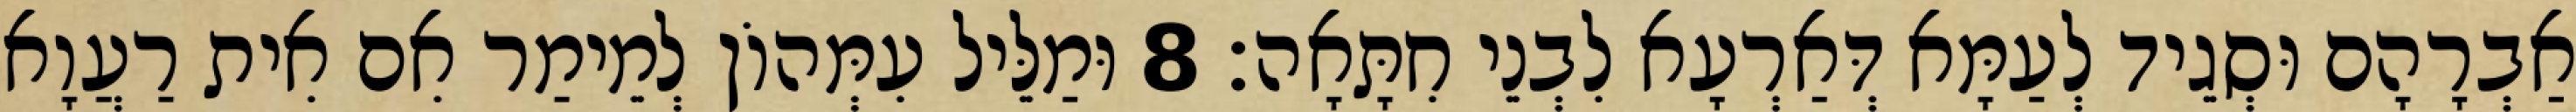
אַבְרָהָם וּסְגֵיד לְעַמָּא דְּאַרְעָא לִבְנֵי חִתָּאָה׃ 8 וּמַלֵּיל עִמְּהוֹן לְמֵימַר אִם אִית רַעֲוָא